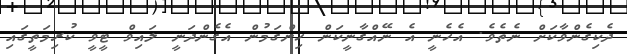
ދެކިގެންވާކަށް ނެތެވެ. އެހެނީ އެ ނޭއްގާނީކަން ހިންގަމުން އެގެންދަނީ ލައިވް ޓީވީ ކުރިމަތީގައި